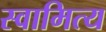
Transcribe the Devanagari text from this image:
स्वामित्य